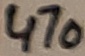
Text: 470